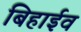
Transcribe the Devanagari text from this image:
बिहाईव